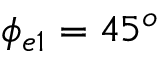
\phi _ { e 1 } = 4 5 ^ { o }